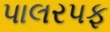
પાલરપફ